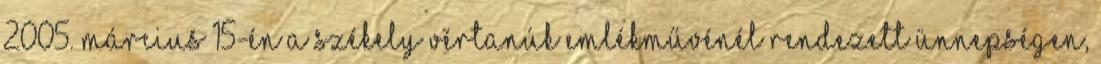
2005. március 15-én a Székely vértanúk emlékművénél rendezett ünnepségen,